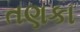
તણકા